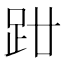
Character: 𧿰